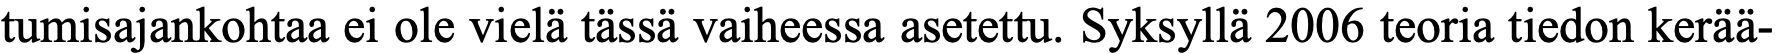
tumisajankohtaa ei ole vielä tässä vaiheessa asetettu. Syksyllä 2006 teoria tiedon kerää-